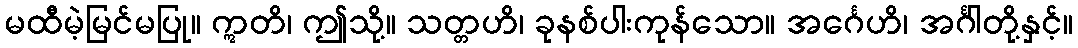
မထီမဲ့မြင်မပြု။ ဣတိ၊ ဤသို့။ သတ္တဟိ၊ ခုနစ်ပါးကုန်သော။ အင်္ဂေဟိ၊ အင်္ဂါတို့နှင့်။